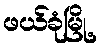
ဖယ်ခုံမြို့